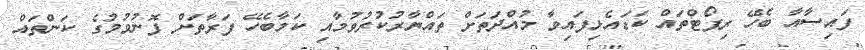
ފައިސާއާ ބެހޭ ރިޕޯޓްތައް ކަޑައެޅިފައިވާ މުއްދަތަށް ތައްޔާރުކުރުވުމާއި ކަމާބެހޭ ފަރާތަށް ފޮނުވުމުގެ ކަންތައް